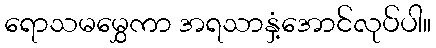
ရောသမမွှေကာ အရသာနှံ့အောင်လုပ်ပါ။